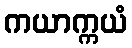
ကယာက္ကယံ